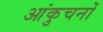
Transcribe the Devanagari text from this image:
आंकुचनों